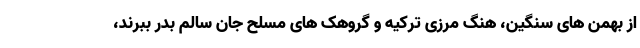
از بهمن های سنگین، هنگ مرزی ترکیه و گروهک های مسلح جان سالم بدر ببرند،